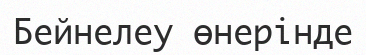
Бейнелеу өнерінде